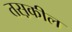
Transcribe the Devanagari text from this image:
तस़कील